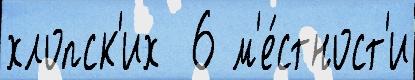
хлопск'их  6 м'е́стност'и